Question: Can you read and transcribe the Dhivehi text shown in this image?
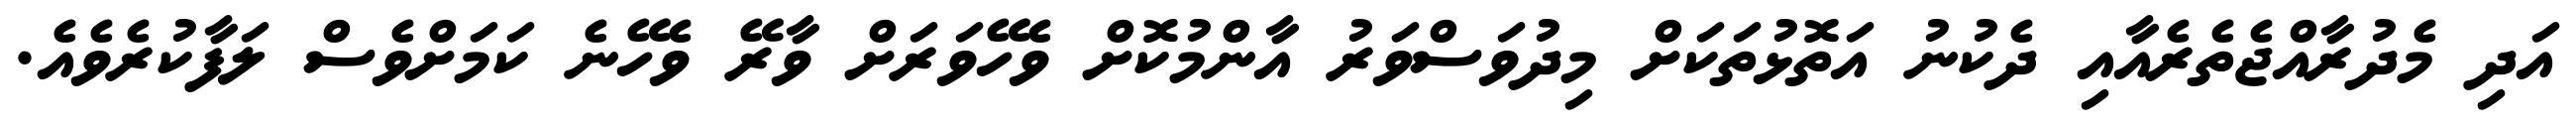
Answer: އަދި މެދުރާއްޖެތެރެއާއި ދެކުނު އަތޮޅުތަކަށް މިދުވަސްވަރު އާންމުކޮށް ވެހޭވަރަށް ވާރޭ ވެހޭނެ ކަމަށްވެސް ލަފާކުރެވެއެ.